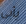
يأبى